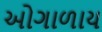
ઓગાળાય